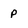
Character: p